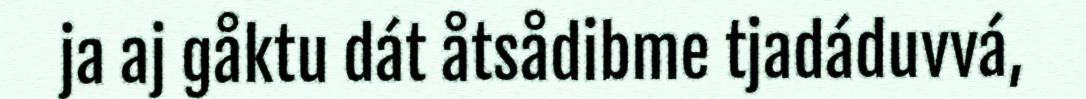
ja aj gåktu dát åtsådibme tjadáduvvá,